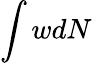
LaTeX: \int wdN